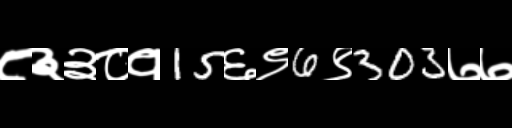
Text: ८३३८१15६९6९303७७